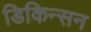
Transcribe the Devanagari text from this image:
डिकिन्‍सन